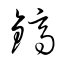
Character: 鏑